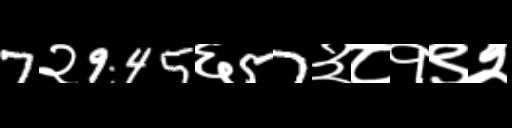
Text: 7२945६57३८१९२